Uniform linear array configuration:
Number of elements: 12
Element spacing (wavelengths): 0.5
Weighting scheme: uniform
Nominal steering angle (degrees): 15
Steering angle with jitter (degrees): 13.609
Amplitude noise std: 0.05
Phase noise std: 0.05

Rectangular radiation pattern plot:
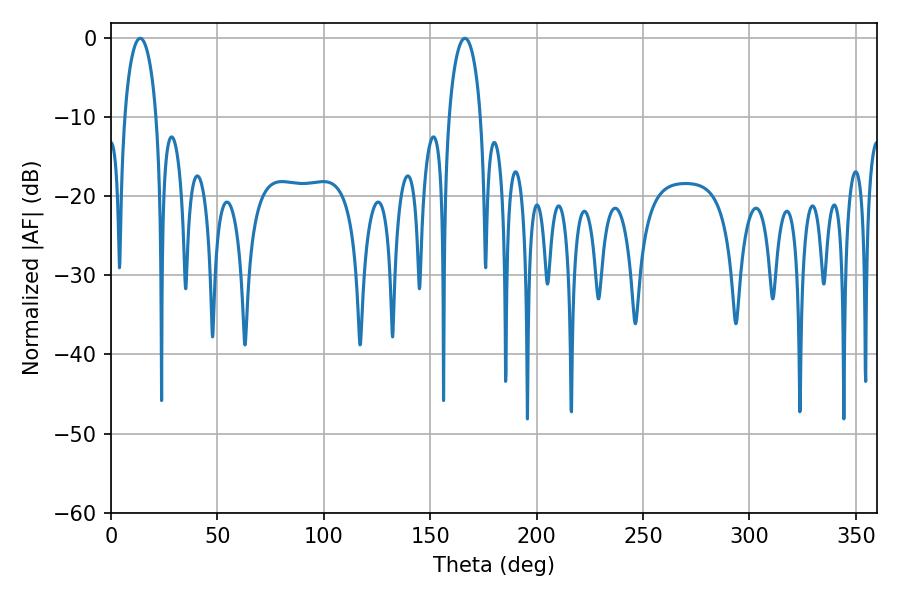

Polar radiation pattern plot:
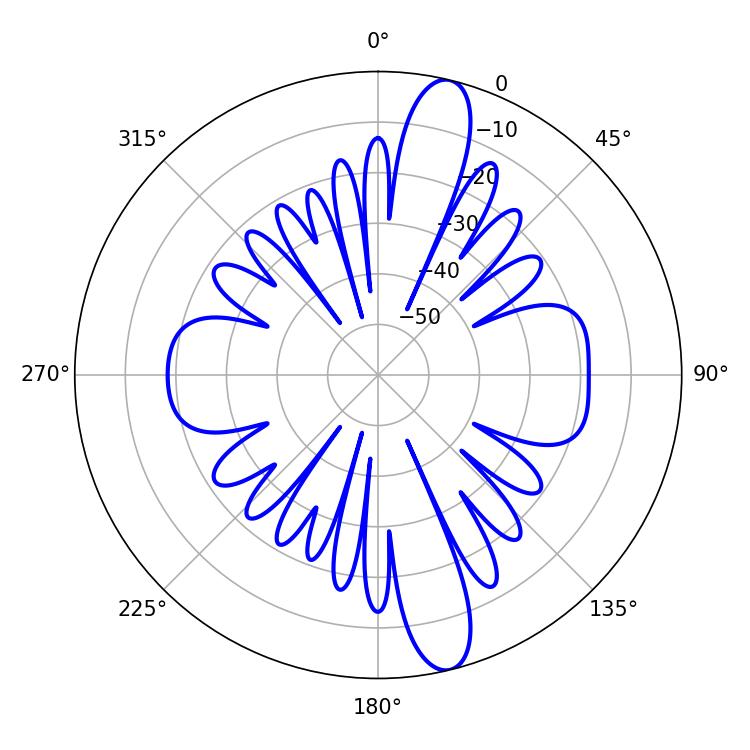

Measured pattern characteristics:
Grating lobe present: FALSE
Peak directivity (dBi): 13.879
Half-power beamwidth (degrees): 8.46
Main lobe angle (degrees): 13.68